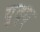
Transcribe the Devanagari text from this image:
युद्ध्